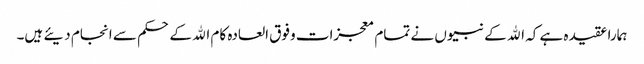
ہمارا عقیدہ ہے کہ الله کے نبیوں نے تمام معجزات وفوق العادہ کام الله کے حکم سے انجام دیئے ہیں۔